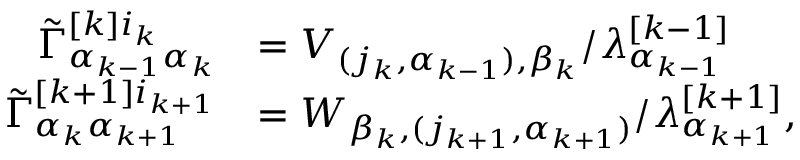
\begin{array} { r l } { \Tilde { \Gamma } _ { \alpha _ { k - 1 } \alpha _ { k } } ^ { [ k ] i _ { k } } } & { = V _ { ( j _ { k } , \alpha _ { k - 1 } ) , \beta _ { k } } / \lambda _ { \alpha _ { k - 1 } } ^ { [ k - 1 ] } } \\ { \Tilde { \Gamma } _ { \alpha _ { k } \alpha _ { k + 1 } } ^ { [ k + 1 ] i _ { k + 1 } } } & { = W _ { \beta _ { k } , ( j _ { k + 1 } , \alpha _ { k + 1 } ) } / \lambda _ { \alpha _ { k + 1 } } ^ { [ k + 1 ] } , } \end{array}